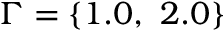
\Gamma = \{ 1 . 0 , \ 2 . 0 \}